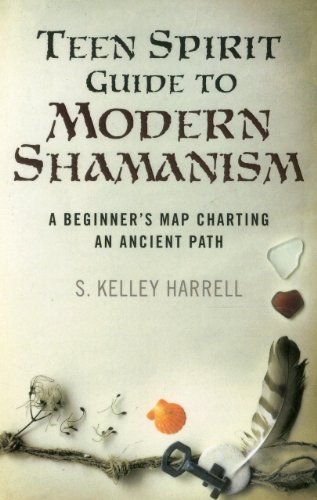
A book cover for Teen Spirit Guide to Modern Shamanism: A Beginner's Map Charting an Ancient Path; S. Kelley Harrell; Teen & Young Adult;